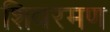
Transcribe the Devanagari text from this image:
शिवरमण